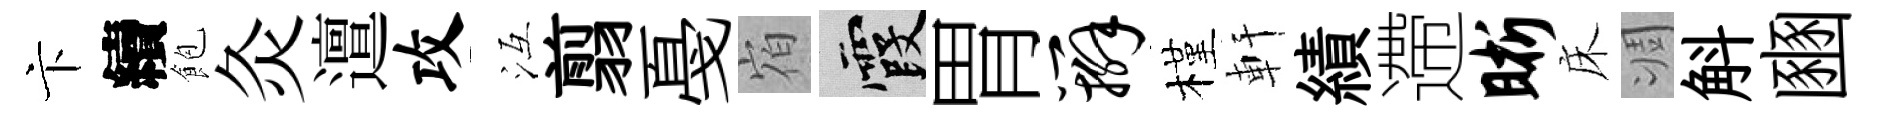
卞續飽灸邅攻冱翦戞𪧐霞胃辫槿軒績遰晰床凋斛豳